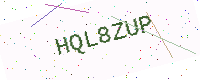
Text: HQL8ZUP